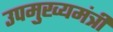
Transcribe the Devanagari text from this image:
उपमुख्‍यमंत्री